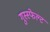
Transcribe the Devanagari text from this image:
गुस्स्फेल्ट